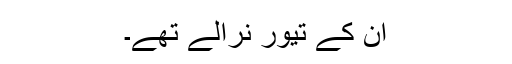
ان کے تیور نرالے تھے۔